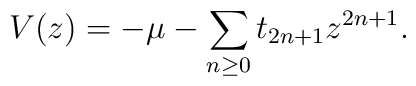
V(z)= -\mu - \sum_{n\ge 0}t_{2n+1}z^{2n+1}.